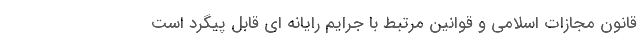
قانون مجازات اسلامی و قوانین مرتبط با جرایم رایانه ای قابل پیگرد است